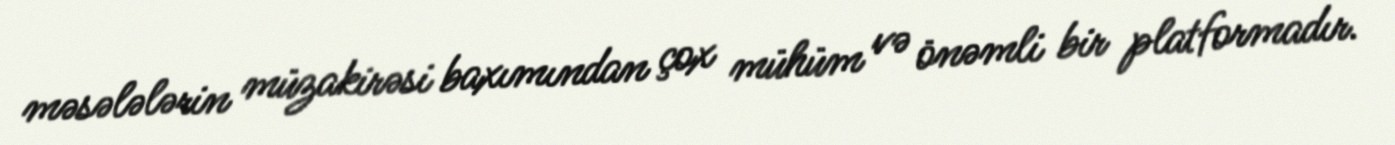
məsələlərin müzakirəsi baxımından çox mühüm və önəmli bir platformadır.